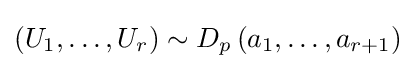
\left(U_{1},\ldots ,U_{r}\right)\sim D_{p}\left(a_{1},\ldots ,a_{r+1}\right)